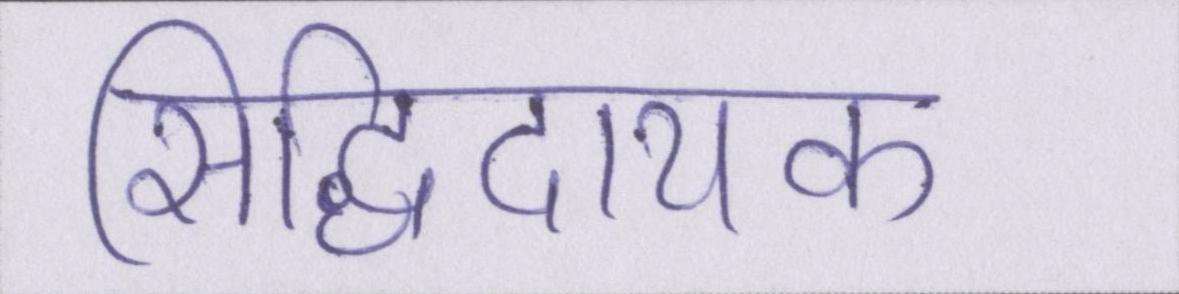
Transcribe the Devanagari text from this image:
सिद्धिदायक